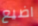
اضيع